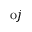
\mathrm { o } j